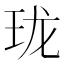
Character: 珑